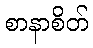
စာနာစိတ်